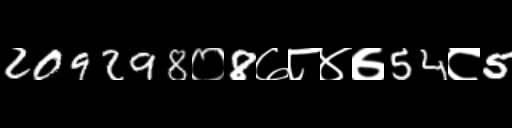
Text: 209298०8७८४७54८5